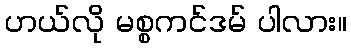
ဟယ်လို မစ္စကင်ဒမ် ပါလား။